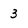
Character: 3